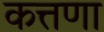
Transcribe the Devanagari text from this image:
कत्तणा